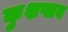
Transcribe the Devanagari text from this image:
कुशप्लव